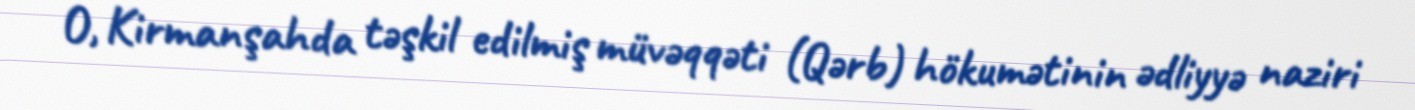
O, Kirmanşahda təşkil edilmiş müvəqqəti (Qərb) hökumətinin ədliyyə naziri